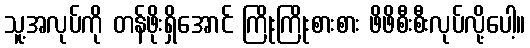
သူ့အလုပ်ကို တန်ဖိုးရှိအောင် ကြိုးကြိုးစားစား ဖိဖိစီးစီးလုပ်လို့ပေါ့။